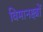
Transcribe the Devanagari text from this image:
विमानक्ष्त्रों